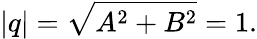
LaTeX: |q|={\sqrt{A^{2}+B^{2}}}=1.